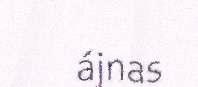
ájnas